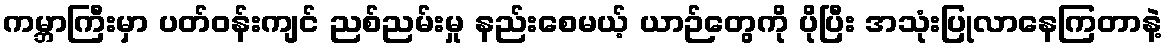
ကမ္ဘာကြီးမှာ ပတ်ဝန်းကျင် ညစ်ညမ်းမှု နည်းစေမယ့် ယာဉ်တွေကို ပိုပြီး အသုံးပြုလာနေကြတာနဲ့